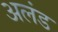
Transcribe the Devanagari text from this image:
अलंड